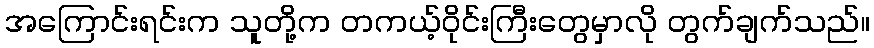
အကြောင်းရင်းက သူတို့က တကယ့်ဝိုင်းကြီးတွေမှာလို တွက်ချက်သည်။